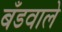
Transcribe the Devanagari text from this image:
बँडवाले